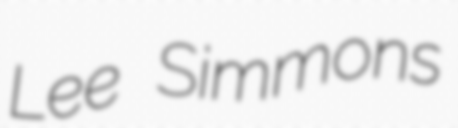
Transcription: Lee Simmons